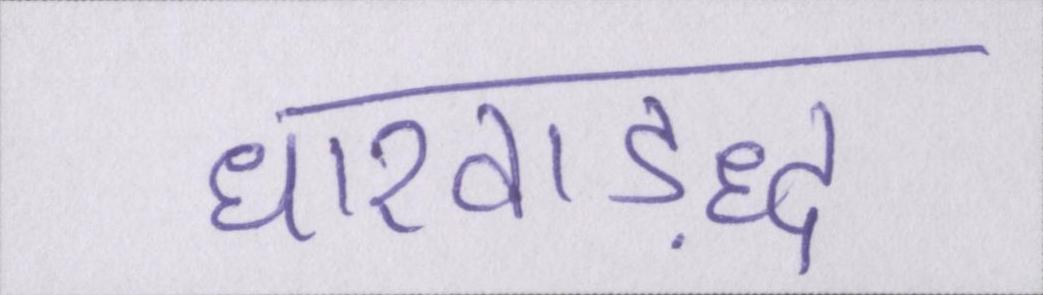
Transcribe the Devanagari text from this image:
धारवाड़द्ध